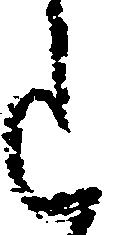
意